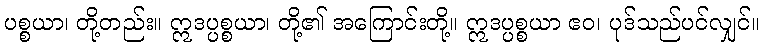
ပစ္စယာ၊ တို့တည်း။ ဣဒပ္ပစ္စယာ၊ တို့၏ အကြောင်းတို့။ ဣဒပ္ပစ္စယာ ဧဝ၊ ပုဒ်သည်ပင်လျှင်။